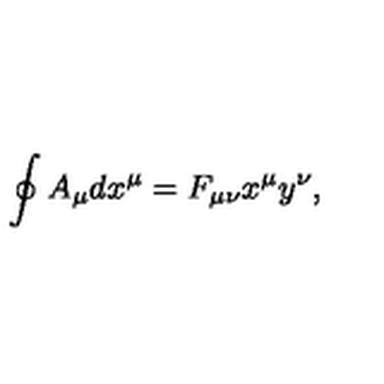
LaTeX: \oint A _ { \mu } d x ^ { \mu } = F _ { \mu \nu } x ^ { \mu } y ^ { \nu } ,